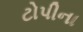
ટોપીના